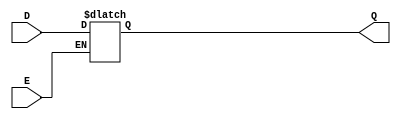
module async_gated_latch (
    input wire D,     // Data input
    input wire E,     // Enable signal
    output reg Q      // Output
);

// Always block to implement the asynchronous behavior
always @(*) begin
    if (E) begin
        Q = D; // Capture the value of D when E is high
    end
    // If E is low, Q retains its previous value (no assignment needed)
end

endmodule